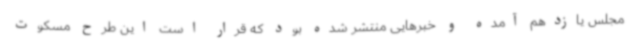
مجلس یازدهم آمده و خبرهایی منتشر شده بود که قرار است این طرح مسکوت